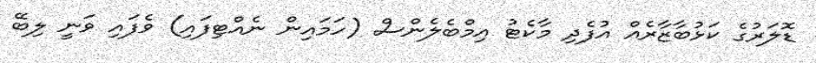
ޑޮލަރުގެ ކަޅުބާޒާރެއް އުފެދި މާކެޓު އިމްބެލެންސް (ހަމައިން ނެއްޓިފައި) ވެފައި ވަނީ ލިބޭ